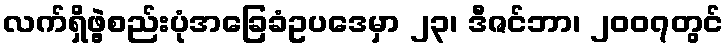
လက်ရှိဖွဲ့စည်းပုံအခြေခံဥပဒေမှာ ၂၃၊ ဒီဇင်ဘာ၊ ၂၀၀၇တွင်